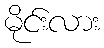
မိုင်းလား